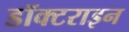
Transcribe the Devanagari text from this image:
डॉक्टराइन